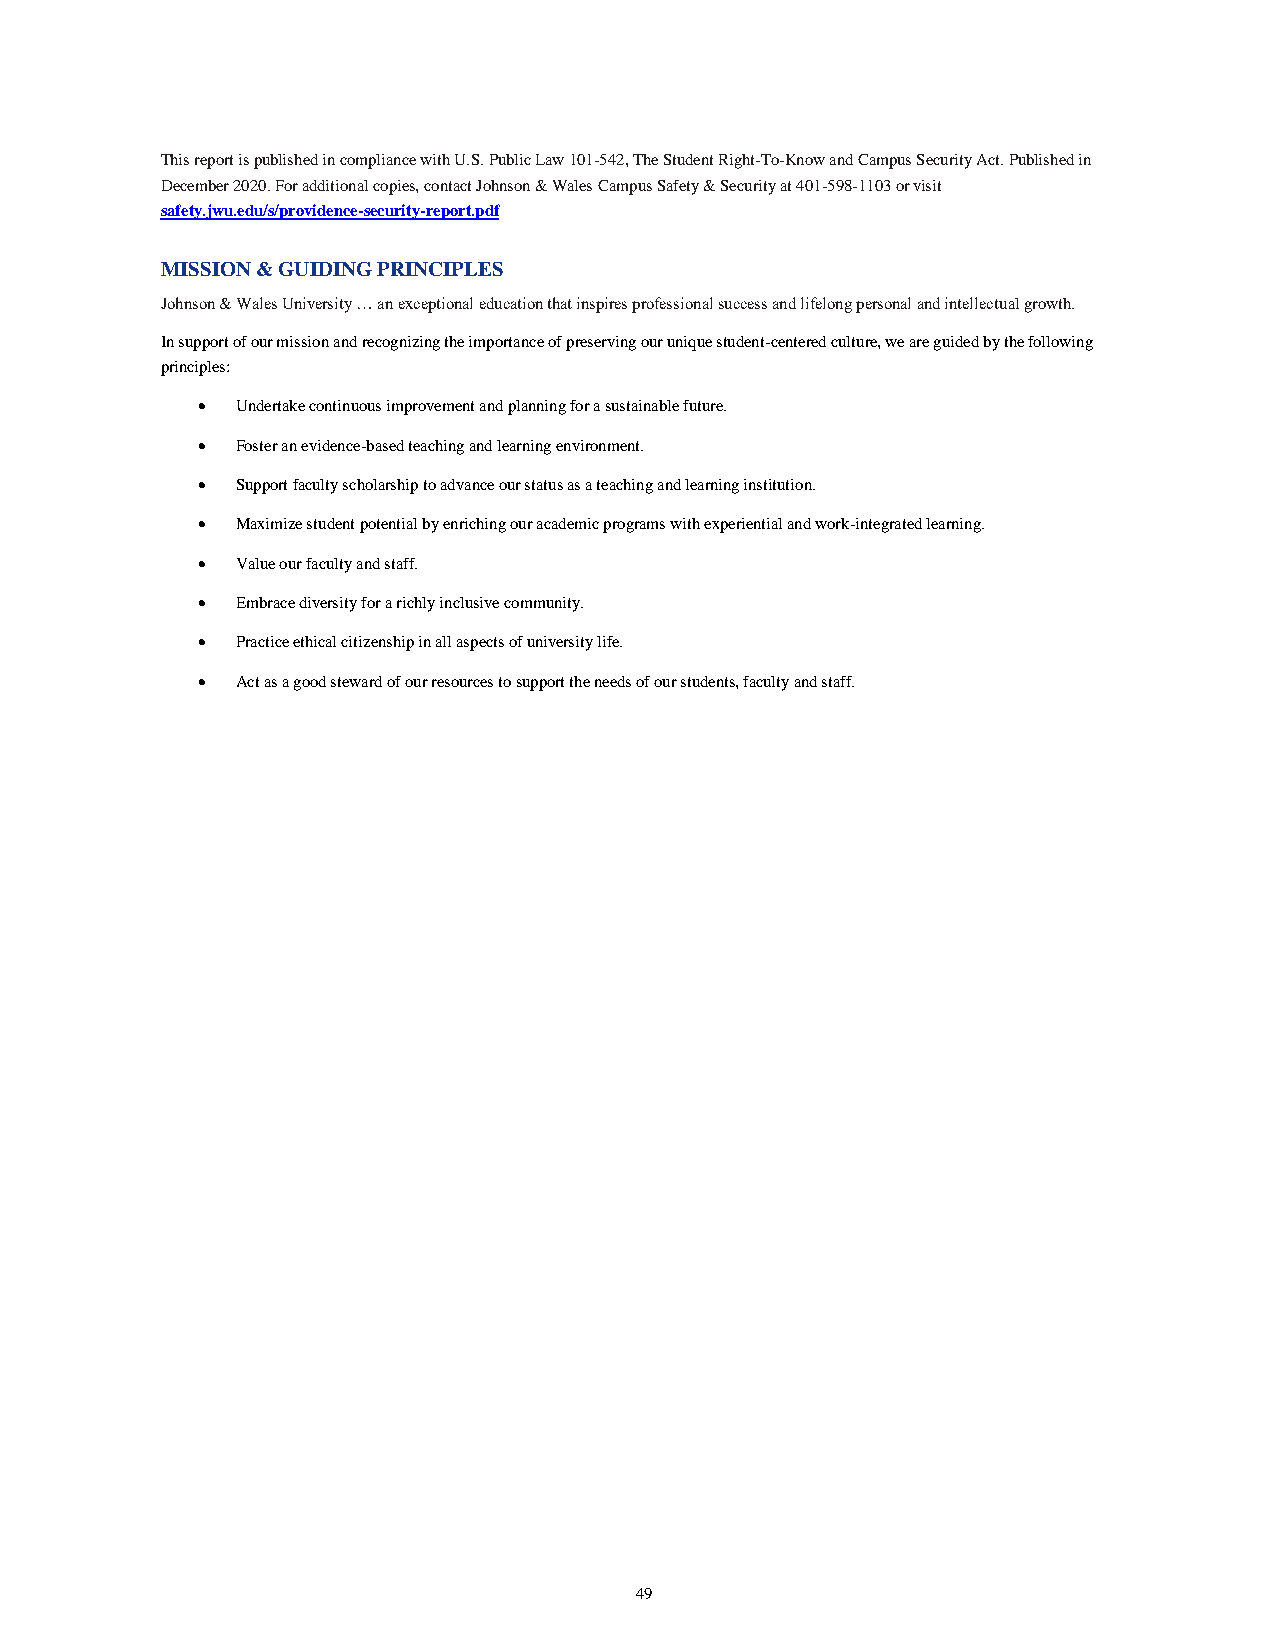
This report is published in compliance with U.S. Public Law 101-542, The Student Right-To-Know and Campus Security Act. Published in
 December 2020. For additional copies, contact Johnson & Wales Campus Safety & Security at 401-598-1103 or visit
 safety.jwu.edu/s/providence-security-report.pdf
 MISSION & GUIDING PRINCIPLES
 Johnson & Wales University … an exceptional education that inspires professional success and lifelong personal and intellectual growth.
 In support of our mission and recognizing the importance of preserving our unique student-centered culture, we are guided by the following
 principles:
   Undertake continuous improvement and planning for a sustainable future.
   Foster an evidence-based teaching and learning environment.
   Support faculty scholarship to advance our status as a teaching and learning institution.
   Maximize student potential by enriching our academic programs with experiential and work-integrated learning.
   Value our faculty and staff.
   Embrace diversity for a richly inclusive community.
   Practice ethical citizenship in all aspects of university life.
   Act as a good steward of our resources to support the needs of our students, faculty and staff.
 49